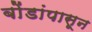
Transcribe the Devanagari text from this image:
बोंडांपासून